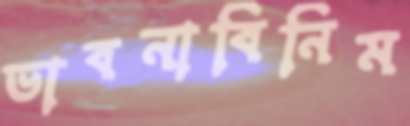
ভাবনাবিনিম